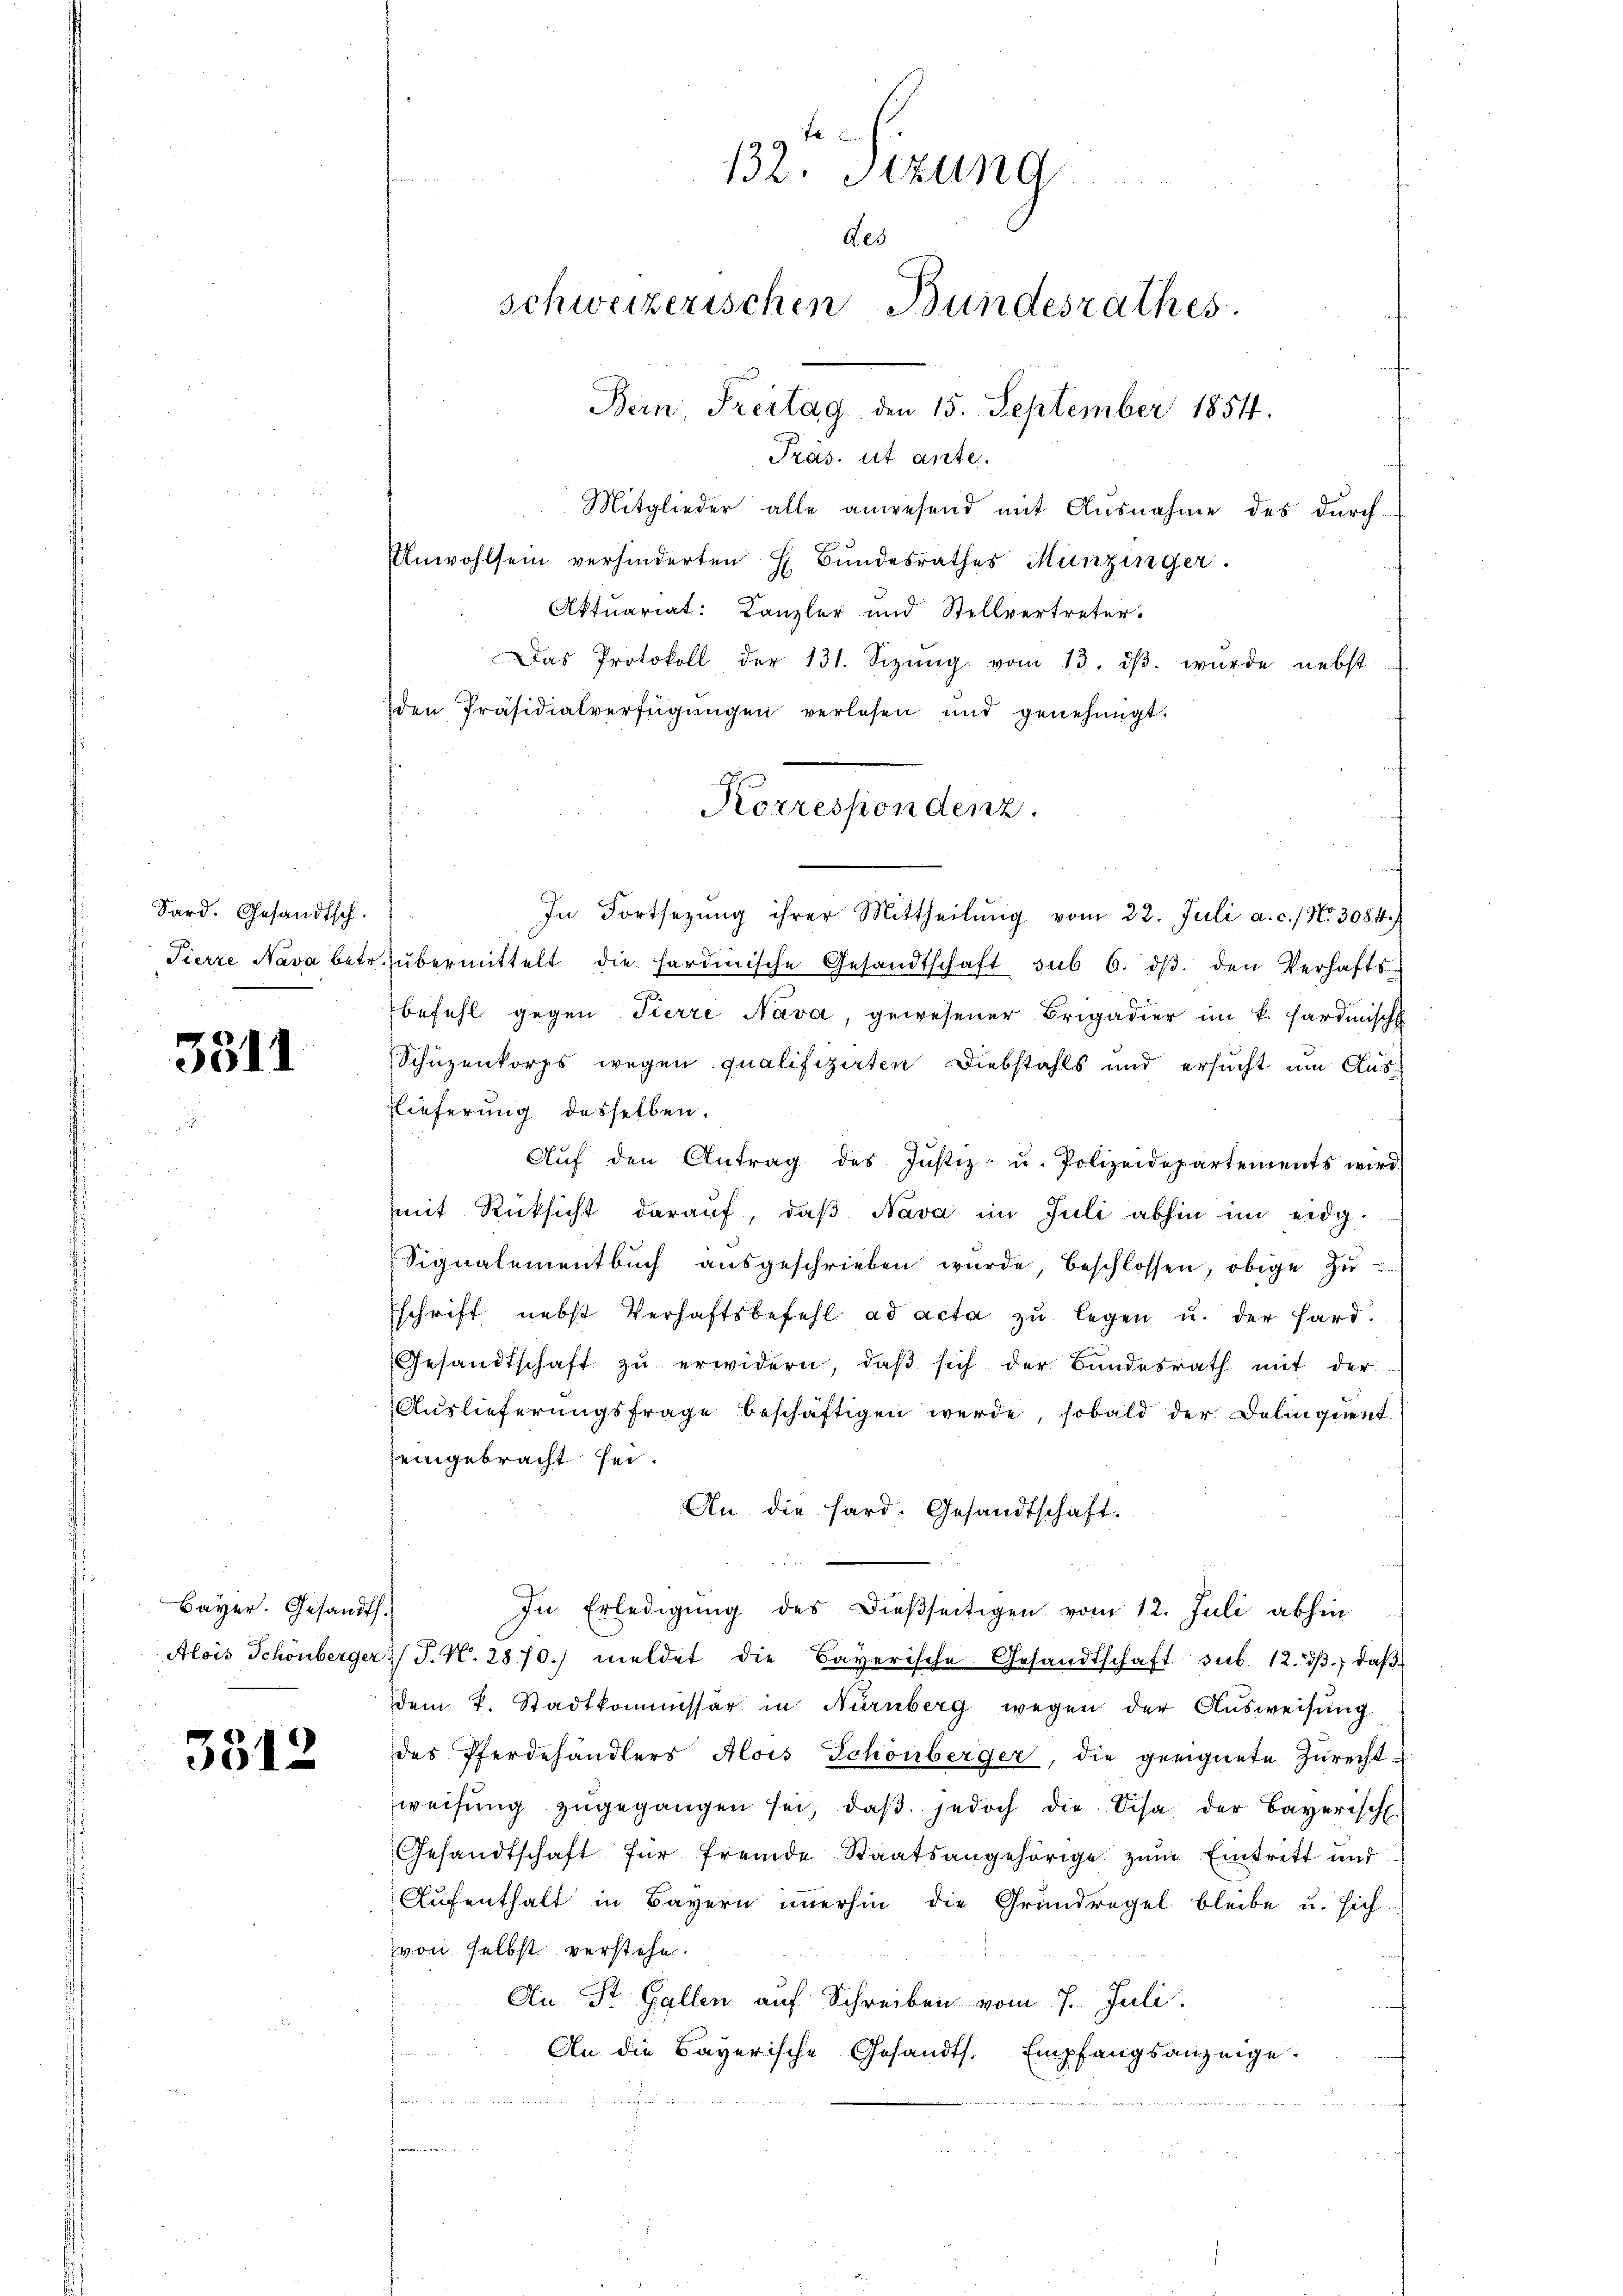
Sard. Gesandtsch.

3511

Bayer. Gesandt.

3512

132. Sizung
des
schweizerischen Bundesrathes.
Bern, Freitag, den 15. September 1854.
Präs. ist anten.
Mitglieder alle anwesend mit Ausnahme des durch-

Unwohlsein verhinderten E. Bŭndesrathes Münzinger
Aktuariat. Canzler und Stellvertreter.
Das Protokoll der 131. Sizŭng vom 13. dβ. wurde nebst
den Präsidialverfügŭngen verlesen und genehmigt.
In Fortsezung ihrer Mittheilŭng vom 22. Juli a. c.) No. 3084.)
Fierze Nava betr. übermittelt die hardinische Gesandtschaft sub 6. dβ. den Verhafts-
befehl gegen Fierze Nava, gewesener Brigadier im k. hardinisch
Schüzenkorps wegen qualifizirten Diebstahls und ersucht um Aus¬
Elieferung desselben.
Aŭf den Antrag des Justiz- u. Polizeidepartements wird
mit Rücksicht darauf, daβ Nava im Juli abhin im eidg.
Signalementbuch ausgeschrieben wŭrde, beschlossen, obige Zŭ
schrift nebst Verhaftsbefehl ad acta zu legen u. der Hard¬
Gesandtschaft zŭ erwidern, daβ sich der Bundesrath mit der
Auslieferungsfrage beschäftigen werde, sobald der Delinquent
eingebracht sei.
An die hard. Gesandtschaft.
In Erledigŭng des dießseitigen vom 12. Juli abhin
Alois Schönberger (T. N. 2870.) meldet die Bayerische Gesandtschaft sub. 12. dβ, daβ
dem L. Stadtkommissär in Nürnberg wegen der Aŭsweisŭng
des Pferdehändlers Alois Schönberger, die geeignete Zurecht-
weisŭng zŭgegangen sei, daβ jedoch die Scha der Bayerisch
Gesandtschaft für fremde Staatsangehörige zum Eintritt und
Aufenthalt in Bayern immerhin die Grundregel bleibe u. sich
von selbst verstehe.
An St. Gallen auf Schreiben vom 7. Juli.
An die Bayerische Gesandts. Empfangsanzeige.

Korrespondenz.